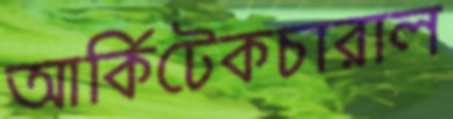
আর্কিটেকচারাল